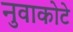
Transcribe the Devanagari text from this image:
नुवाकोटे